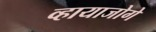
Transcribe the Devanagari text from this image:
व्हायाजोगे